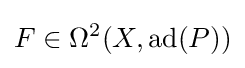
F\in \Omega ^{2}(X,\operatorname {ad} (P))